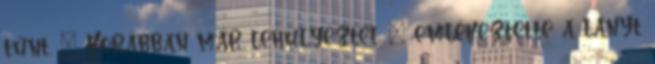
tűnt. – Korábban már lehülyéztél – emlékeztette a lányt